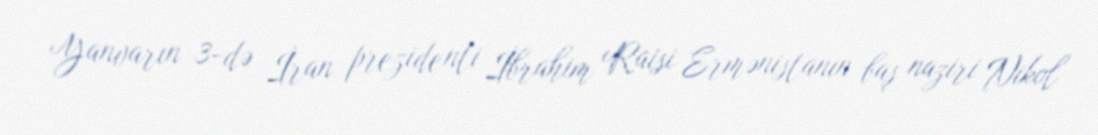
Yanvarın 3-də İran prezidenti İbrahim Raisi Ermənistanın baş naziri Nikol